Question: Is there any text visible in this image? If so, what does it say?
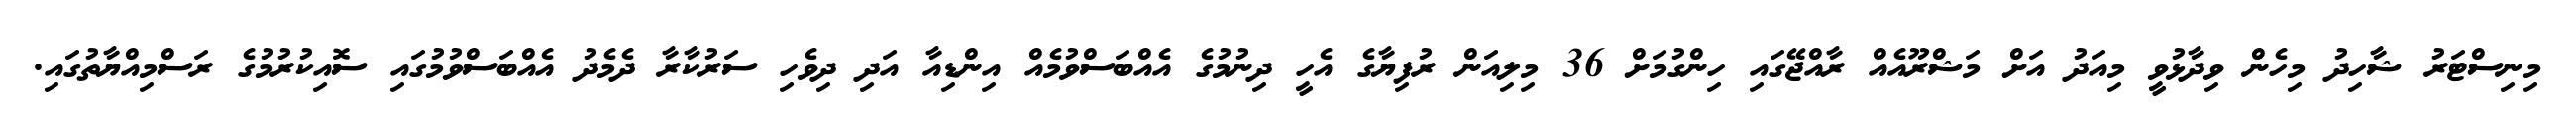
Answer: މިނިސްޓަރު ޝާހިދު މިހެން ވިދާޅުވީ މިއަދު އަށް މަޝްރޫއެއް ރާއްޖޭގައި ހިންގުމަށް 36 މިލިއަން ރުފިޔާގެ އެހީ ދިނުމުގެ އެއްބަސްވުމެއް އިންޑިއާ އަދި ދިވެހި ސަރުކާރާ ދެމެދު އެއްބަސްވުމުގައި ސޮއިކުރުމުގެ ރަސްމިއްޔާތުގައި.